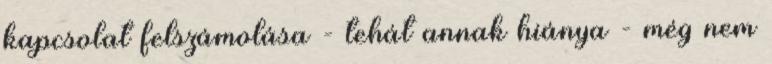
kapcsolat felszámolása - tehát annak hiánya - még nem